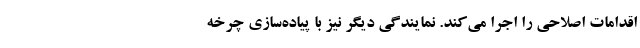
اقدامات اصلاحی را اجرا می‌کند. نمایندگی دیگر نیز با پیاده‌سازی چرخه